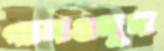
গালগুদুদ